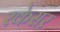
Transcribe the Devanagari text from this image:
रकेसर